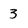
Character: 3